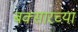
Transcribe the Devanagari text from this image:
बक्सारच्या